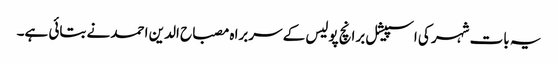
یہ بات شہر کی اسپیشل برانچ پولیس کے سربراہ مصباح الدین احمد نے بتائی ہے۔